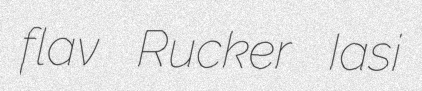
flav Rucker Iasi